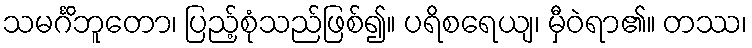
သမင်္ဂိဘူတော၊ ပြည့်စုံသည်ဖြစ်၍။ ပရိစရေယျ၊ မှီဝဲရာ၏။ တဿ၊